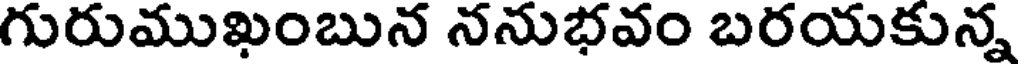
గురుముఖంబున ననుభవం బరయకున్న